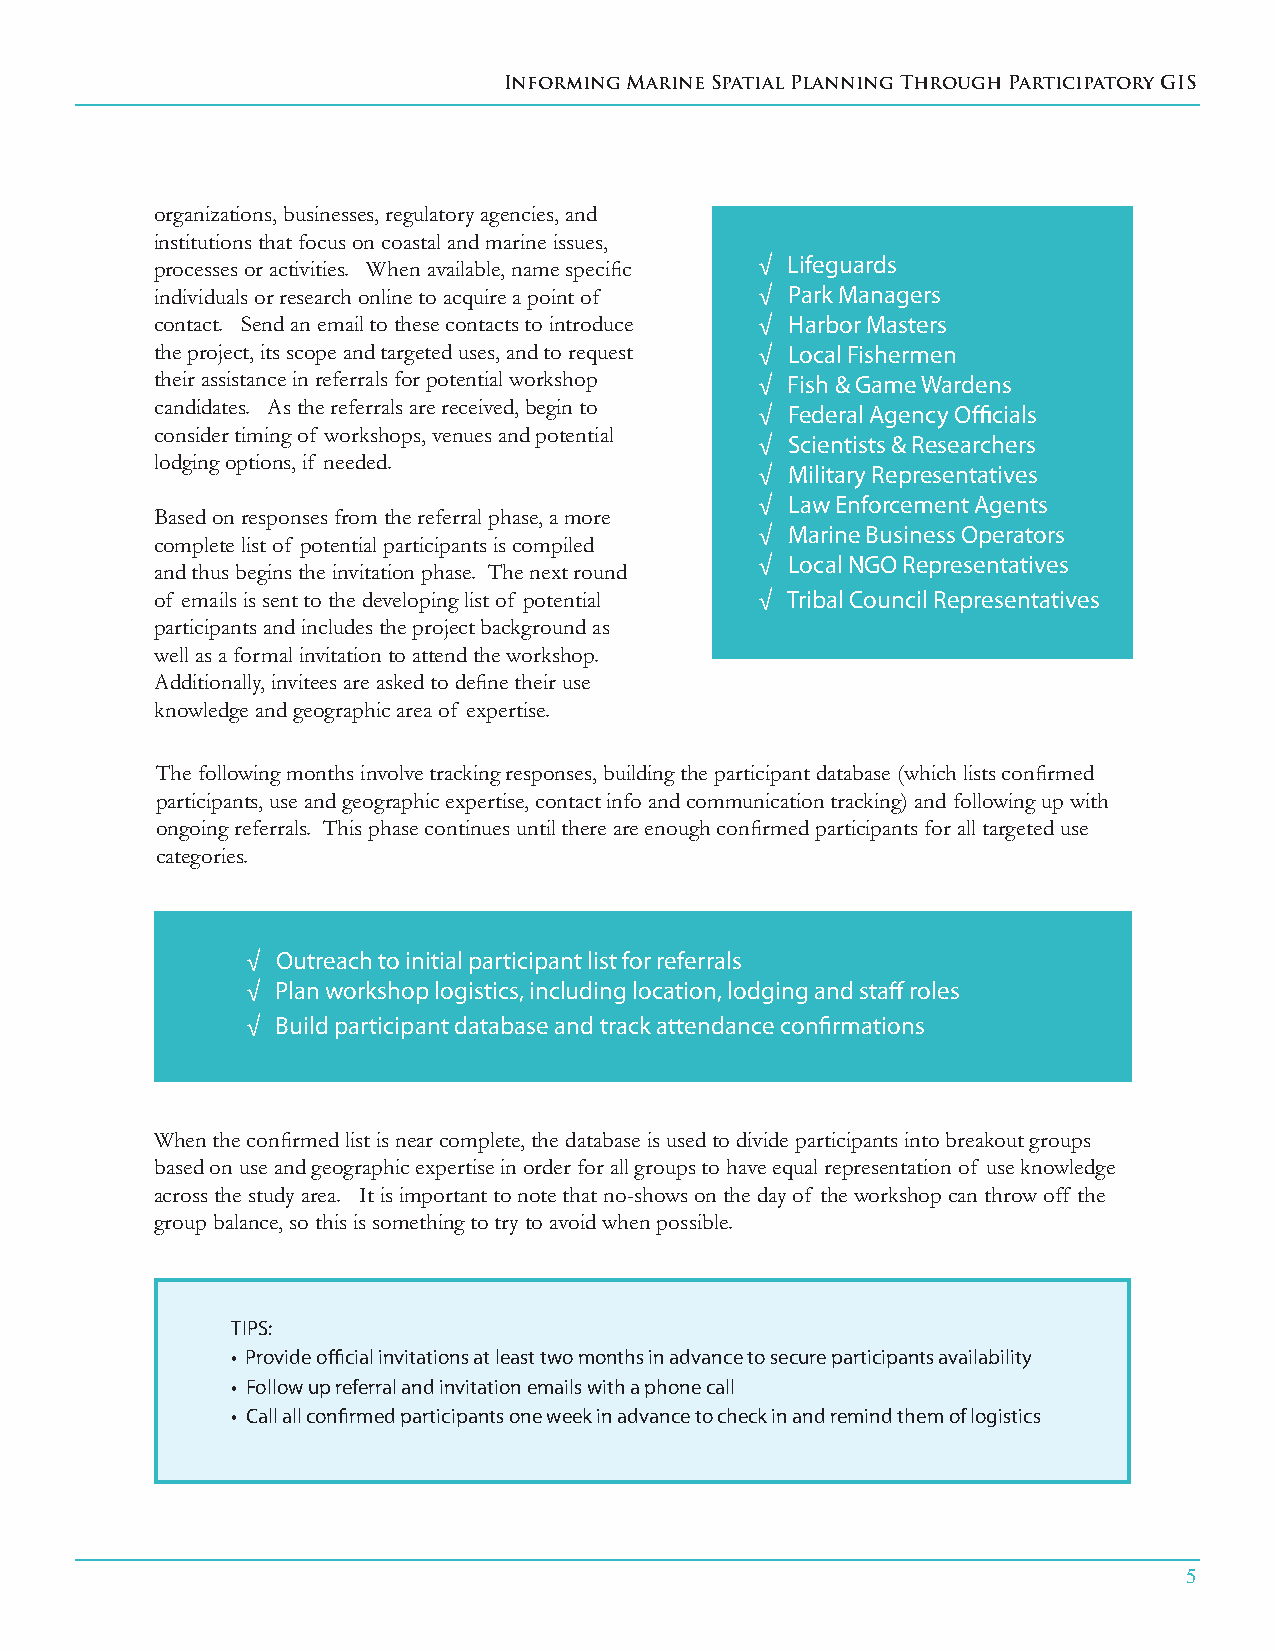
Informing Marine Spatial Planning Through Participatory GIS
 organizations, businesses, regulatory agencies, and
 institutions that focus on coastal and marine issues,
 processes or activities. When available, name specific √ Lifeguards
 individuals or research online to acquire a point of √ Park Managers
 contact. Send an email to these contacts to introduce √ Harbor Masters
 the project, its scope and targeted uses, and to request √ Local Fishermen
 their assistance in referrals for potential workshop √ Fish & Game Wardens
 candidates. As the referrals are received, begin to
 √ Federal Agency Officials
 consider timing of workshops, venues and potential
 √ Scientists & Researchers
 lodging options, if needed.
 √ Military Representatives
 √ Law Enforcement Agents
 Based on responses from the referral phase, a more
 √ Marine Business Operators
 complete list of potential participants is compiled
 √ Local NGO Representatives
 and thus begins the invitation phase. The next round
 of emails is sent to the developing list of potential √ Tribal Council Representatives
 participants and includes the project background as
 well as a formal invitation to attend the workshop.
 Additionally, invitees are asked to define their use
 knowledge and geographic area of expertise.
 The following months involve tracking responses, building the participant database (which lists confirmed
 participants, use and geographic expertise, contact info and communication tracking) and following up with
 ongoing referrals. This phase continues until there are enough confirmed participants for all targeted use
 categories.
 √ Outreach to initial participant list for referrals
 √ Plan workshop logistics, including location, lodging and staff roles
 √ Build participant database and track attendance confirmations
 When the confirmed list is near complete, the database is used to divide participants into breakout groups
 based on use and geographic expertise in order for all groups to have equal representation of use knowledge
 across the study area. It is important to note that no-shows on the day of the workshop can throw off the
 group balance, so this is something to try to avoid when possible.
 TIPS:
 • Provide official invitations at least two months in advance to secure participants availability
 • Follow up referral and invitation emails with a phone call
 • Call all confirmed participants one week in advance to check in and remind them of logistics
 5